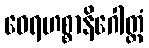
ဝေရဟစ္စာနိဂေါတ္တံ